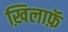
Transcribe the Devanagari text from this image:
ख़िलाफ़ॅ